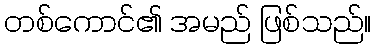
တစ်ကောင်၏ အမည် ဖြစ်သည်။